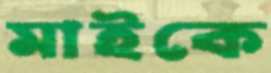
মাইকে